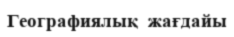
Географиялық  жағдайы